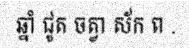
ឆ្នាំ ជូត ចត្វា ស័ក ព .